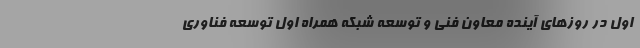
اول در روزهای آینده معاون فنی و توسعه شبکه همراه اول توسعه فناوری